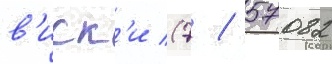
в'иск'и (7 / 57082